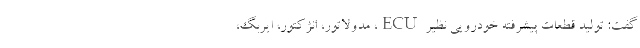
گفت: توليد قطعات پيشرفته خودرويي نظير ECU، مدولاتور، انژكتور، ايربگ،